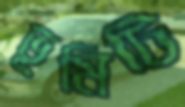
ভূমিটি